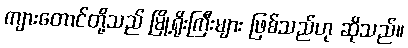
ကျားတောင်တို့သည် မြို့ရိုးကြီးများ ဖြစ်သည်ဟု ဆိုသည်။